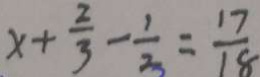
x + \frac { 2 } { 3 } - \frac { 1 } { 2 } = \frac { 1 7 } { 1 8 }